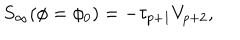
LaTeX: S _ { \infty } ( \phi = \phi _ { 0 } ) = - \tau _ { p + 1 } V _ { p + 2 } ,